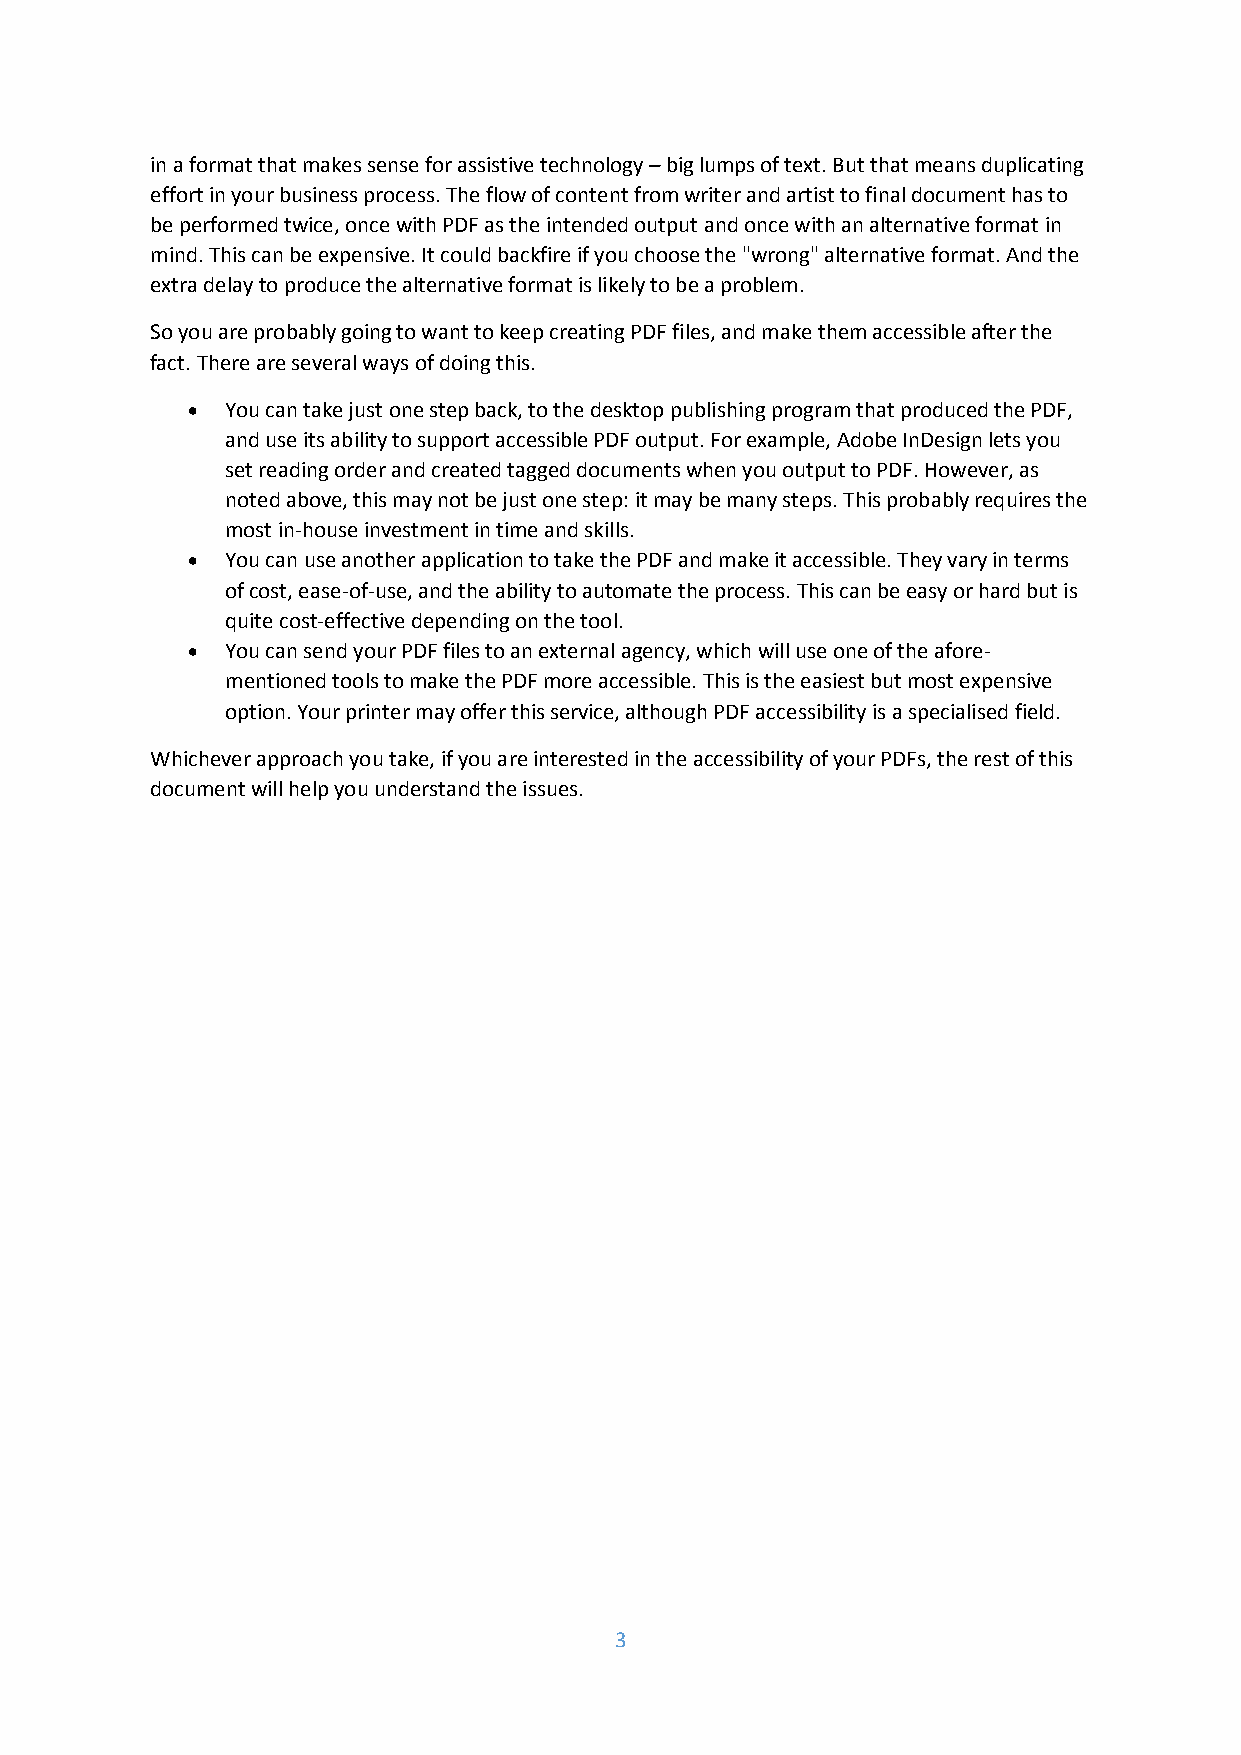
in a format that makes sense for assistive technology – big lumps of text. But that means duplicating
 effort in your business process. The flow of content from writer and artist to final document has to
 be performed twice, once with PDF as the intended output and once with an alternative format in
 mind. This can be expensive. It could backfire if you choose the "wrong" alternative format. And the
 extra delay to produce the alternative format is likely to be a problem.
 So you are probably going to want to keep creating PDF files, and make them accessible after the
 fact. There are several ways of doing this.
   You can take just one step back, to the desktop publishing program that produced the PDF,
 and use its ability to support accessible PDF output. For example, Adobe InDesign lets you
 set reading order and created tagged documents when you output to PDF. However, as
 noted above, this may not be just one step: it may be many steps. This probably requires the
 most in-house investment in time and skills.
   You can use another application to take the PDF and make it accessible. They vary in terms
 of cost, ease-of-use, and the ability to automate the process. This can be easy or hard but is
 quite cost-effective depending on the tool.
   You can send your PDF files to an external agency, which will use one of the afore-
 mentioned tools to make the PDF more accessible. This is the easiest but most expensive
 option. Your printer may offer this service, although PDF accessibility is a specialised field.
 Whichever approach you take, if you are interested in the accessibility of your PDFs, the rest of this
 document will help you understand the issues.
 3